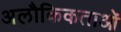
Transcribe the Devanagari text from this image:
अलौकिकताओं